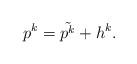
\begin{align*}p^k=\tilde{p^k}+h^k.\end{align*}